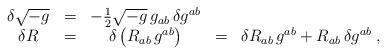
LaTeX: \begin{align*}\begin{array}{ccccc}\delta \sqrt{-g}&=&-{1\over2}\sqrt{-g}\,g_{ab}\,\delta g^{ab}&\ &\\\delta R&=&\delta \left(R_{ab}\,g^{ab}\right)&=&\delta R_{ab}\,g^{ab}+R_{ab}\,\delta g^{ab}\;,\end{array}\end{align*}